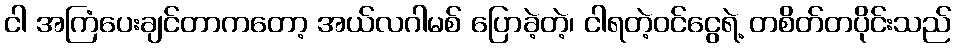
ငါ အကြံပေးချင်တာကတော့ အယ်လဂါမစ် ပြောခဲ့တဲ့၊ ငါရတဲ့ဝင်ငွေရဲ့ တစိတ်တပိုင်းသည်